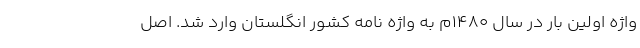
واژه اولین بار در سال ۱۴۸۰م به واژه نامه کشور انگلستان وارد شد. اصل